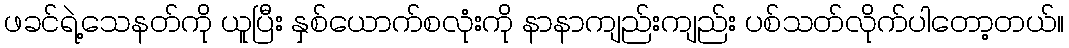
ဖခင်ရဲ့သေနတ်ကို ယူပြီး နှစ်ယောက်စလုံးကို နာနာကျည်းကျည်း ပစ်သတ်လိုက်ပါတော့တယ်။